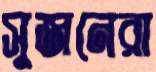
সুজনেরা